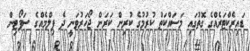
ޑައިރެކްޓަރެއްގެ ގޮތުގައި މަސައްކަތް ކުރުމުގެ ކުރިން ކަރަން ޖޯހަރުވަނީ ދެ ފިލްމެއްގެ ސަޕޯޓިން